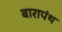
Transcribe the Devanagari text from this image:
बारापंथ